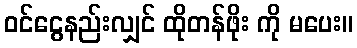
ဝင်ငွေနည်းလျှင် ထိုတန်ဖိုး ကို မပေး။